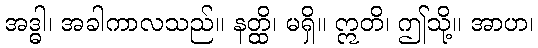
အဒ္ဓါ၊ အခါကာလသည်။ နတ္ထိ၊ မရှိ။ ဣတိ၊ ဤသို့။ အာဟ၊